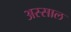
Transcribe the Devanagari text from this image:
अस्साल